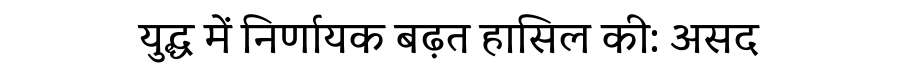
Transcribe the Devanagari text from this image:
युद्ध में निर्णायक बढ़त हासिल की: असद